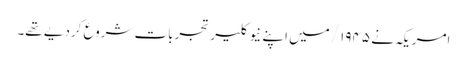
امریکہ نے ۱۹۴۵/ میں اپنے نیوکلیر تجربات شروع کردیے تھے۔